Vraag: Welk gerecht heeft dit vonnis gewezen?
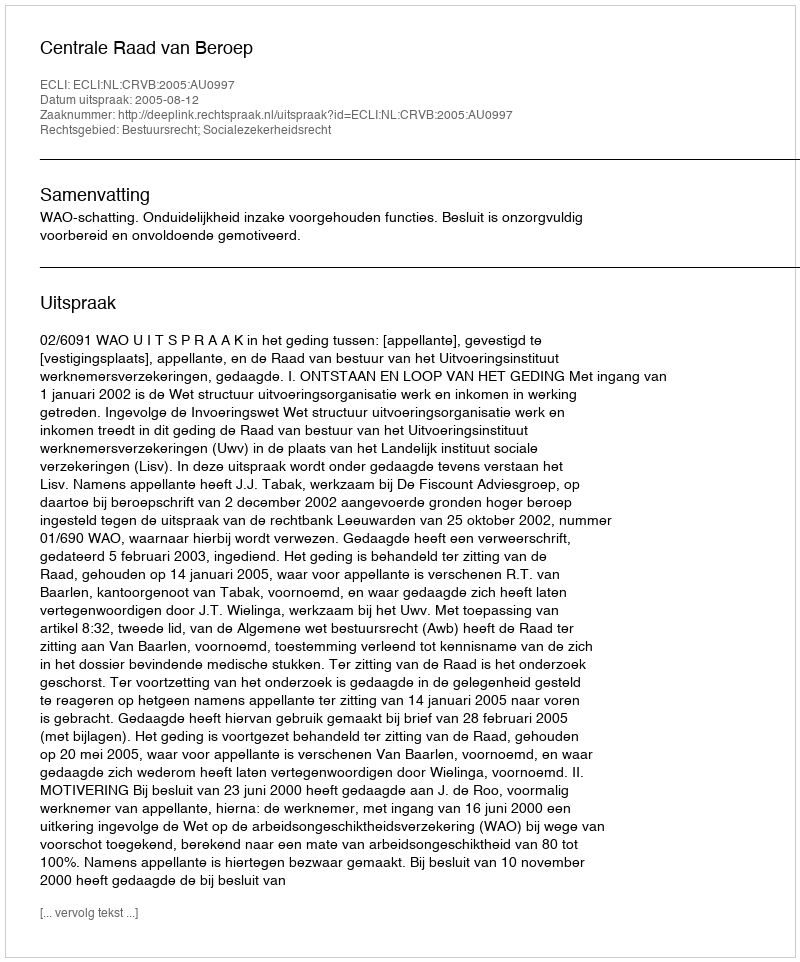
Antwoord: Centrale Raad van Beroep